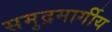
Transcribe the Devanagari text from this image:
समुद्रमार्गीय